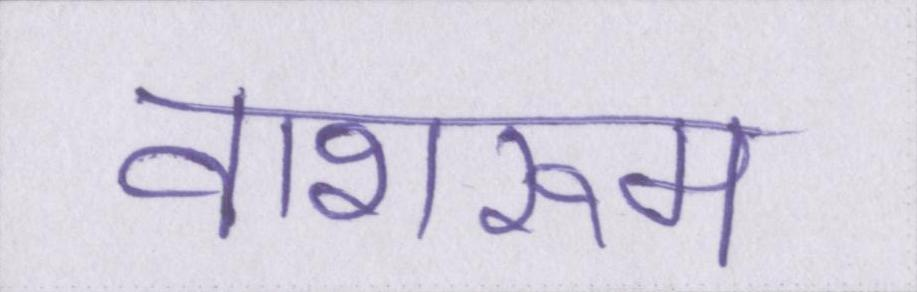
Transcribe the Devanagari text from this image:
वाशरूम